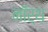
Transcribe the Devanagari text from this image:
नॉर्थ़